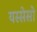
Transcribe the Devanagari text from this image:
यस्सेसो